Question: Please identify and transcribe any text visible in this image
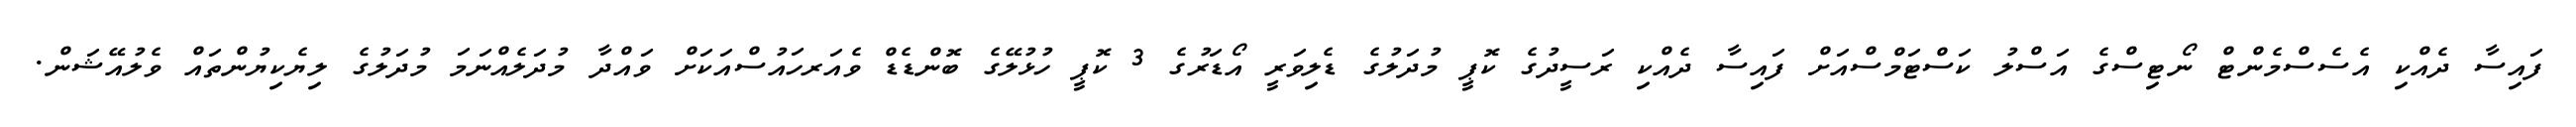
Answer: ފައިސާ ދެއްކި އެސެސްމެންޓް ނޯޓިސްގެ އަސްލު ކަސްޓަމްސްއަށް ފައިސާ ދެއްކި ރަސީދުގެ ކޮޕީ މުދަލުގެ ޑެލިވަރީ އޯޑަރުގެ 3 ކޮޕީ ހުޅުލޭގެ ބޮންޑެޑް ވެއަރހައުސްއަކަށް ވައްދާ މުދަލެއްނަމަ މުދަލުގެ ލިޔެކިޔުންތައް ވެލުއޭޝަން.